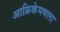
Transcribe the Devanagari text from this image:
आफ्रिकेमधला